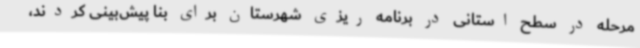
مرحله در سطح استانی در برنامه ریزی شهرستان برای بنا پیش‌بینی کردند،